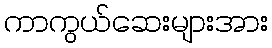
ကာကွယ်ဆေးများအား